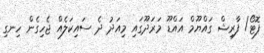
ފޮޓޯ/ ފާރިޝް ގައްޔޫމް އައްޑޫ މަރަދޫގައި މިއަދު ދެ ސައިކަލެއް ޖެހިގެން ހިނގި